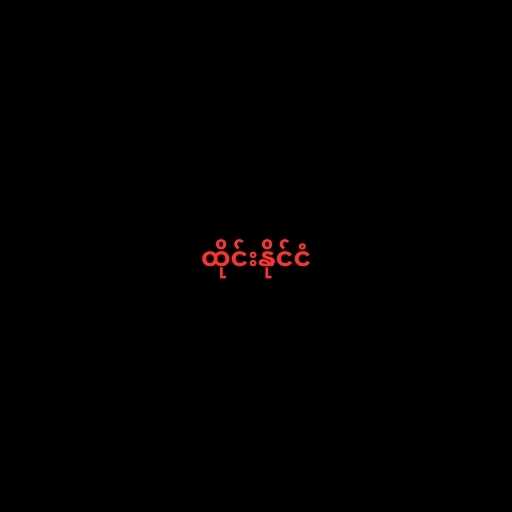
ထိုင်းနိုင်ငံ